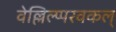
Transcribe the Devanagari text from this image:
वेल्लिल्प्परवकल्